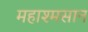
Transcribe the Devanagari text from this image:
महाश्मसान